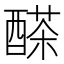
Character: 𨢕